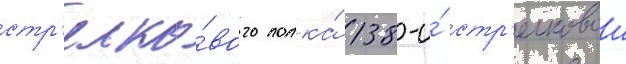
стр'елко́вого полка́ 138-и́ стр'елковои